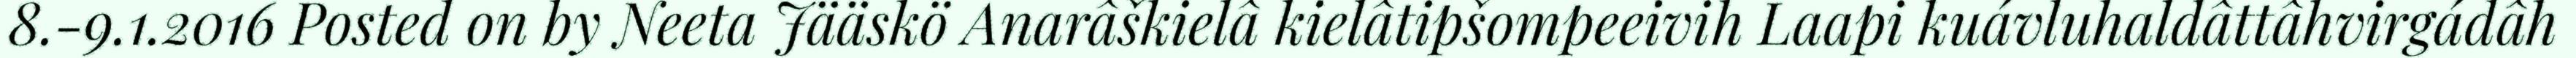
8.-9.1.2016 Posted on by Neeta Jääskö Anarâškielâ kielâtipšompeeivih Laapi kuávluhaldâttâhvirgádâh